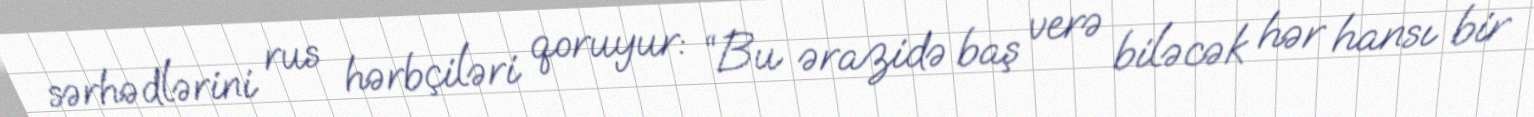
sərhədlərini rus hərbçiləri qoruyur: “Bu ərazidə baş verə biləcək hər hansı bir